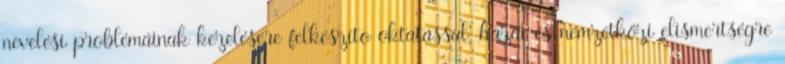
nevelési problémáinak kezelésére felkészítõ oktatással, hazai és nemzetközi elismertségre